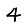
Digit: 4